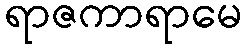
ရာဇကာရာမေ